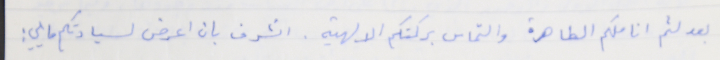
بعد لثم اناملكم الطاهرة والتماس بركتكم الالهية. اتشرف بان اعرض لسيادتكم ما يلي: